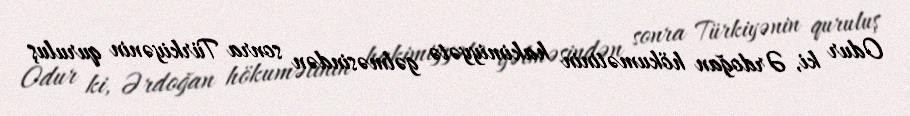
Odur ki, Ərdoğan hökumətinin hakimiyyətə gəlməsindən sonra Türkiyənin quruluş